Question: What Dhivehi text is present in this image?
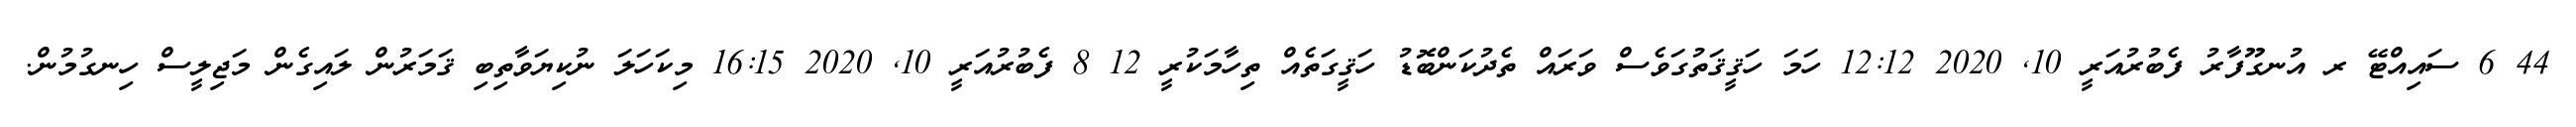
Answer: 44 6 ސައިއްޓޭ ރ އުނގޫފާރު ފެބުރުއަރީ 10, 2020 12:12 ހަމަ ހަޤީޤަތުގަވެސް ވަރައް ތެދުކަންބޮޑު ހަޤީގަތެއް ތިހާމަކުރީ 12 8 ފެބުރުއަރީ 10, 2020 16:15 މިކަހަލަ ނުކިޔަވާތިބި ޤަމަރުން ލައިގެން މަޖިލީސް ހިނގުމުން.